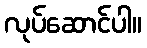
လုပ်ဆောင်ပါ။